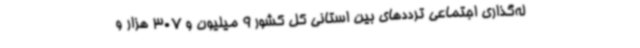
له‌گذاری اجتماعی ترددهای بین استانی کل کشور 9 میلیون و 307 هزار و